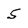
Character: 5